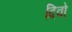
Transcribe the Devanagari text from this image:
दिवो